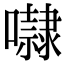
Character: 㘑